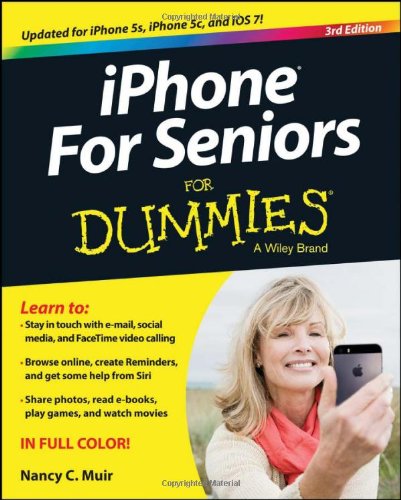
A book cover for iPhone For Seniors For Dummies; Nancy C. Muir; Computers & Technology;